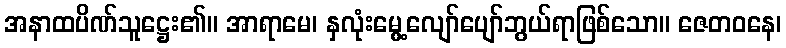
အနာထပိဏ်သူဋ္ဌေး၏။ အာရာမေ၊ နှလုံးမွေ့လျော်ပျော်ဘွယ်ရာဖြစ်သော။ ဇေတဝနေ၊